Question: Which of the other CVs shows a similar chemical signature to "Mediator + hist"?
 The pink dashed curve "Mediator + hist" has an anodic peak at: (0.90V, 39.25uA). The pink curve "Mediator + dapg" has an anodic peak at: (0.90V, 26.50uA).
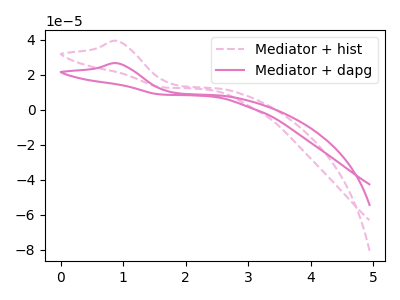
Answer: <think>All the peaks in "Mediator + hist" have a peak in "Mediator + dapg" at the same potential. Every peak in "Mediator + hist" is higher than every peak in "Mediator + dapg".
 </think>
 <answer>The CV with the most similar shape to "Mediator + dapg" is "Mediator + hist".</answer>
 <eval>"Mediator + hist"</eval>